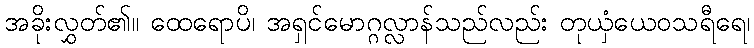
အခိုးလွှတ်၏။ ထေရောပိ၊ အရှင်မောဂ္ဂလ္လာန်သည်လည်း တုယှံယေဝသရီရေ၊